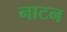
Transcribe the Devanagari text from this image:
नाटन